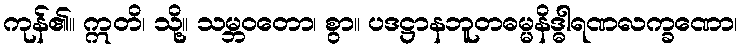
ကုန်၏။ ဣတိ၊ သို့။ သမ္ဘဝတော၊ စွာ။ ပဒဋ္ဌာနဘူတဓမ္မနိဒ္ဓါရဏလက္ခဏော၊